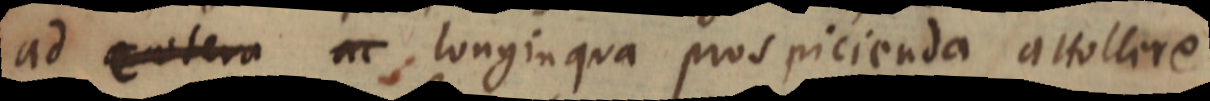
ad caetera ac longinqua prospicienda attollere